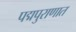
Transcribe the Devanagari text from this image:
पद्मपुराणात